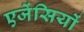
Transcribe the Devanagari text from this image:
एजेंसियों